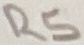
Text: R5